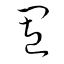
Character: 置